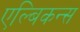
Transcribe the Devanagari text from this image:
एल्बिकन्स